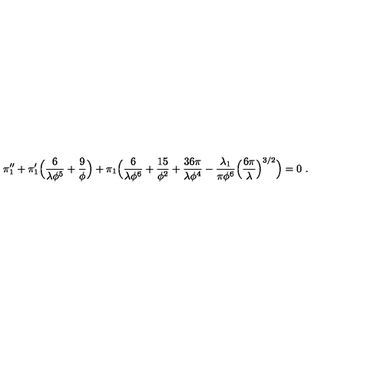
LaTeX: \pi _ { 1 } ^ { \prime \prime } + \pi _ { 1 } ^ { \prime } \Bigl ( { \frac { 6 } { \lambda \phi ^ { 5 } } } + { \frac { 9 } { \phi } } \Bigr ) + \pi _ { 1 } \Bigl ( { \frac { 6 } { \lambda \phi ^ { 6 } } } + { \frac { 1 5 } { \phi ^ { 2 } } } + { \frac { 3 6 \pi } { \lambda \phi ^ { 4 } } } - { \frac { \lambda _ { 1 } } { \pi \phi ^ { 6 } } } \Bigl ( { \frac { 6 \pi } { \lambda } } \Bigr ) ^ { 3 / 2 } \Bigr ) = 0 \ .